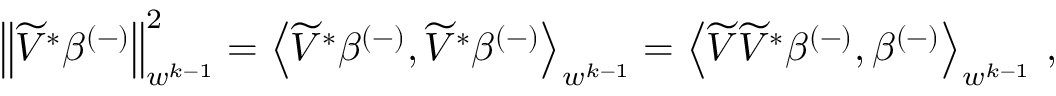
\begin{array} { r } { \left\lVert \widetilde { V } ^ { * } \beta ^ { ( - ) } \right\rVert _ { w ^ { k - 1 } } ^ { 2 } = \left\langle \widetilde { V } ^ { * } \beta ^ { ( - ) } , \widetilde { V } ^ { * } \beta ^ { ( - ) } \right\rangle _ { w ^ { k - 1 } } = \left\langle \widetilde { V } \widetilde { V } ^ { * } \beta ^ { ( - ) } , \beta ^ { ( - ) } \right\rangle _ { w ^ { k - 1 } } \, , } \end{array}